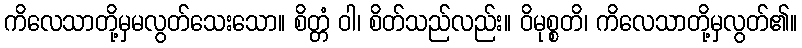
ကိလေသာတို့မှမလွတ်သေးသော။ စိတ္တံ ဝါ၊ စိတ်သည်လည်း။ ဝိမုစ္စတိ၊ ကိလေသာတို့မှလွတ်၏။